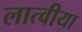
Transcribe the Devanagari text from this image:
लात्वीया